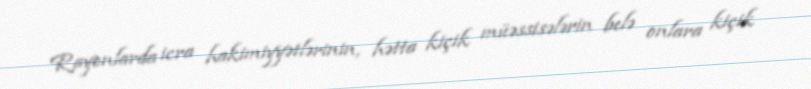
Rayonlarda icra hakimiyyətlərinin, hətta kiçik müəssisələrin belə onlara kiçik